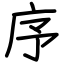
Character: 序